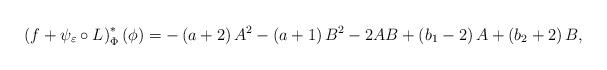
LaTeX: \begin{align*}\left(f+\psi_{\varepsilon}\circ L\right)^{*}_\Phi\left(\phi\right)=-\left(a+2\right)A^{2}-\left(a+1\right)B^{2}-2AB+\left(b_{1}-2\right)A+\left(b_{2}+2\right)B,\end{align*}